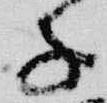
子